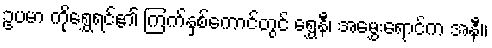
ဥပမာ ကိုရွှေရင်၏ ကြက်နှစ်ကောင်တွင် ရွှေနီ၊ အမွှေးရောင်က အနီ။